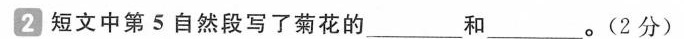
2 短文中第5自然段写了菊花的___和___。(2分)